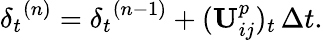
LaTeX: {\delta_{t}}^{(n)}={\delta_{t}}^{(n-1)}+(\mathbf{U}_{ij}^{p})_{t}\, \Delta{t}.